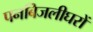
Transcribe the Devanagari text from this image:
पनबिजलीघरों